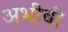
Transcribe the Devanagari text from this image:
अभीबी